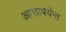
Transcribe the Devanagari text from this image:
आत्तापर्यन्त